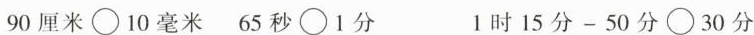
90厘米\circ 10毫米 65秒\circ 1分 $$1 时 1 5 分 - 5 0 分 \circ 3 0 分$$